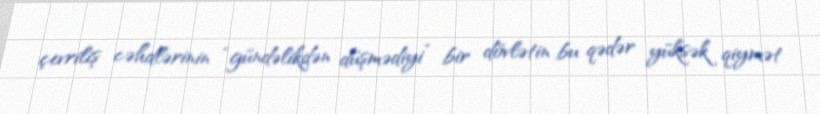
çevriliş cəhdlərinin “gündəlikdən düşmədiyi” bir dövlətin bu qədər yüksək qiymət